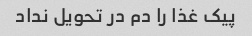
پیک غذا را دم در تحویل نداد